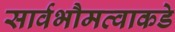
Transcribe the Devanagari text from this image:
सार्वभौमत्वाकडे